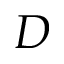
D